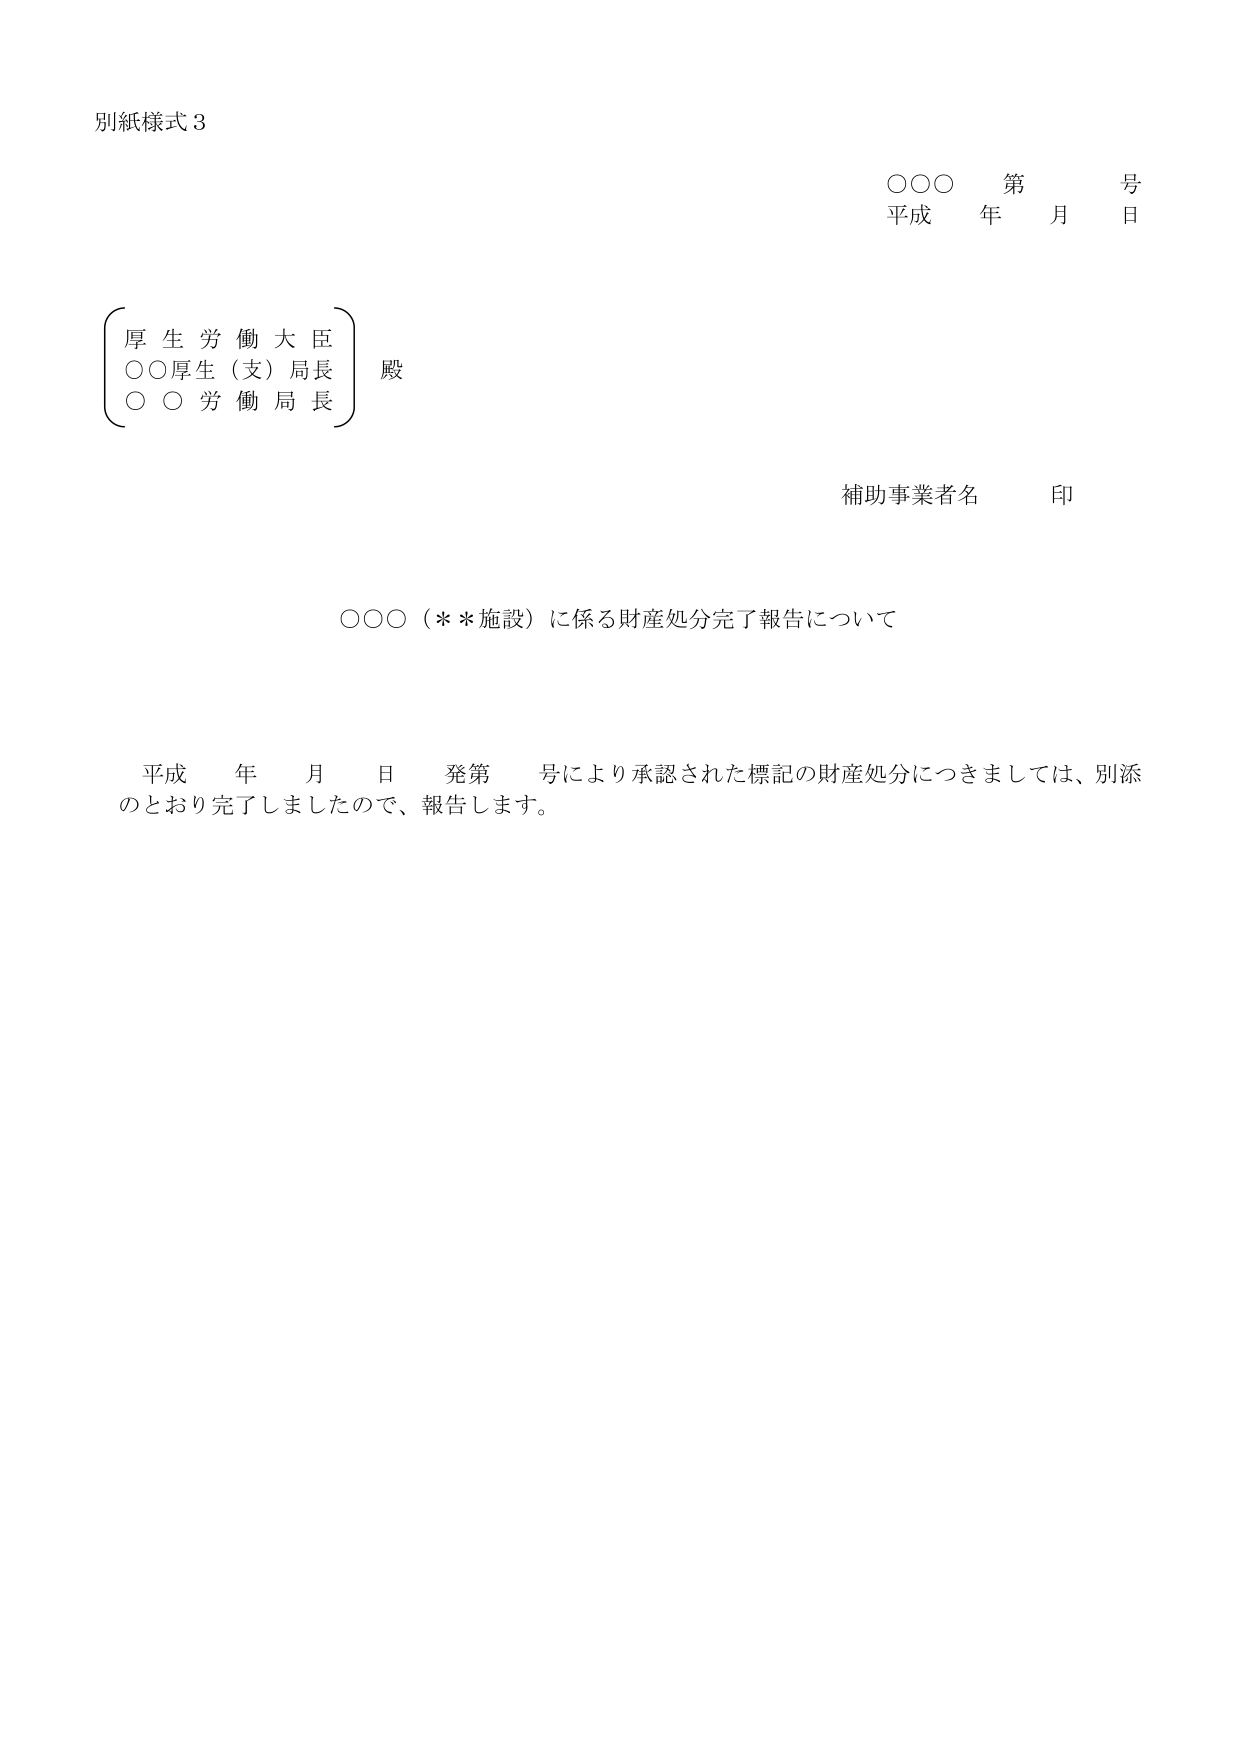
別紙様式３

○○○ 第 号
平成 年 月 日

（厚生労働大臣）
○○厚生（支）局長
○○労働局長
殿

補助事業者名 印

○○○（＊＊施設）に係る財産処分完了報告について

平成 年 月 日 発第 号により承認された標記の財産処分につきましては、別添のとおり完了しましたので、報告します。